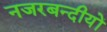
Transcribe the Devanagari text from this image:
नजरबन्दीयों